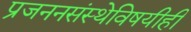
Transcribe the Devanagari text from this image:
प्रजननसंस्थेविषयीही